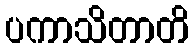
ပကာသိတာတိ